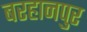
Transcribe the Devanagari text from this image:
बरहानपुर